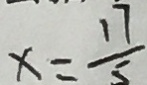
x = \frac { 1 7 } { 5 }